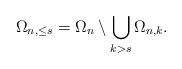
LaTeX: \begin{align*}\Omega_{n,\le s}= \Omega_{n} \setminus \bigcup_{k>s}\Omega_{n,k}.\end{align*}